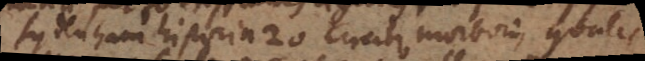
Sydenham historia 20 circiter morborum, quales